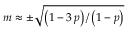
m \approx \pm \sqrt { \left( 1 - 3 \, p \right) / \left( 1 - p \right) }